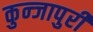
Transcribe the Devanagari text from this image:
कुन्जापुरी